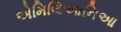
એમિલિઆનિઆ